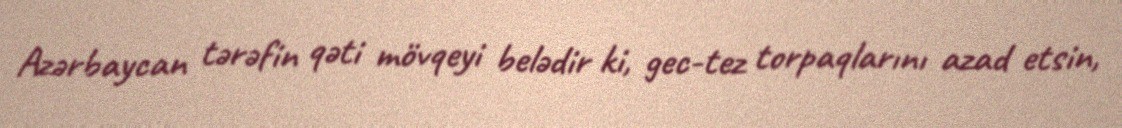
Azərbaycan tərəfin qəti mövqeyi belədir ki, gec-tez torpaqlarını azad etsin,